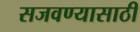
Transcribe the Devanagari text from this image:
सजवण्यासाठी